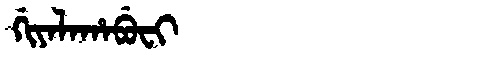
Manchu: ᡤᡳᠶᠠᠯᠠᡥᠠᠪᡠᠸᡳ
Romanization: GIYALAHABUFI